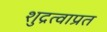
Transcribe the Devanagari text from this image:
शुद्रत्वाप्रत